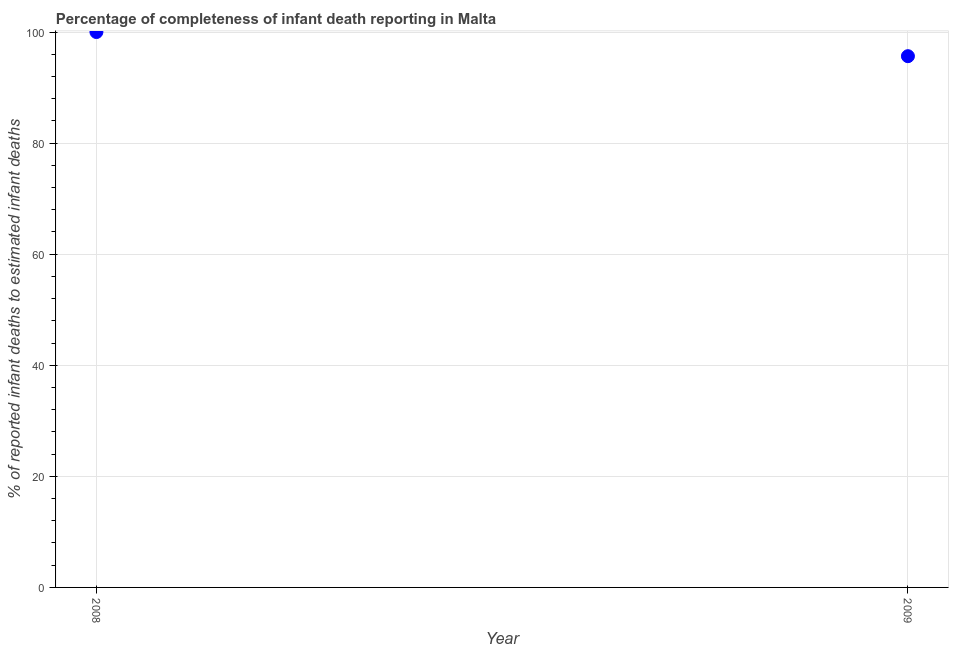
| Year | Completeness of infant death reporting |
 | --- | --- |
 | 2008 | 100 |
 | 2009 | 95.7 |